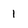
Character: 1